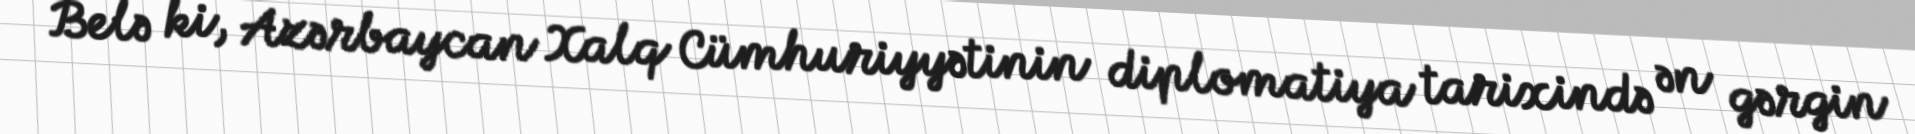
Belə ki, Azərbaycan Xalq Cümhuriyyətinin diplomatiya tarixində ən gərgin